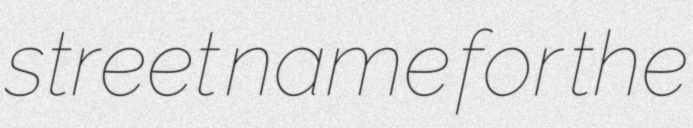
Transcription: street name for the